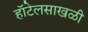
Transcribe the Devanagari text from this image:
हॉटेलसाखळी